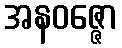
အနဝဇ္ဇော